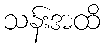
သန်းအထိ